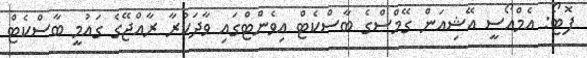
ފޮޓޯ: އެމްއޯސީ އޭޝިއަން ގޭމްސްގެ ބާސްކެޓް އިވެންޓްގައި ވާދަކުރާ ރާއްޖޭގެ ގައުމީ ބާސްކެޓް